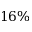
1 6 \%